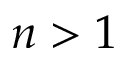
n > 1